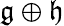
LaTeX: {\mathfrak{g}}\oplus{\mathfrak{h}}